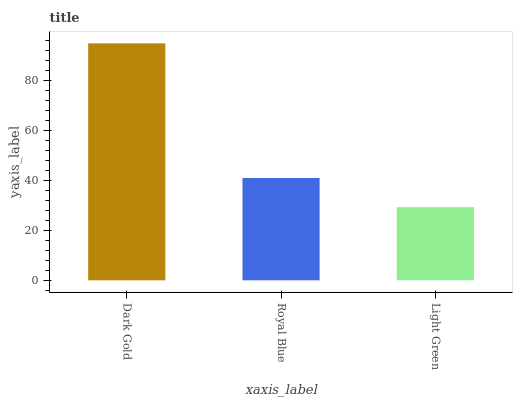
| xaxis_label | bars |
 | --- | --- |
 | Dark Gold | 95 |
 | Royal Blue | 41 |
 | Light Green | 29.3 |